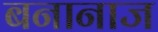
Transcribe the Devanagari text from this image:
बनानाज